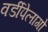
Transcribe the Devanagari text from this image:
वर्डीपेलागो